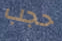
حجب